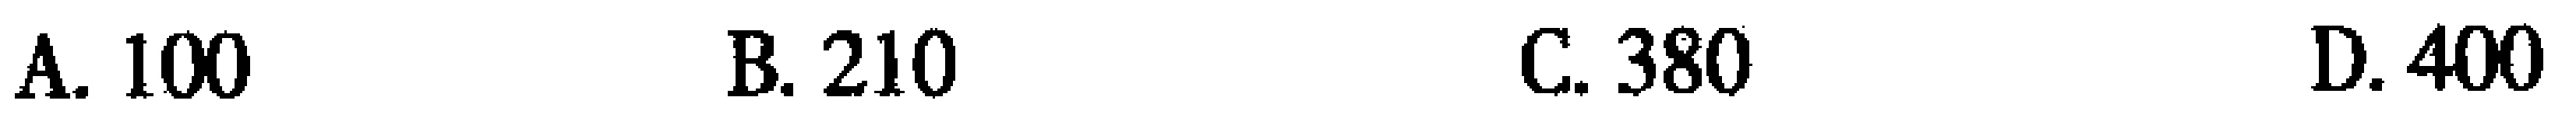
A. 100 \quad B. 210 \quad C. 380 \quad D. 400